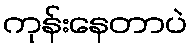
ကုန်းနေတာပဲ